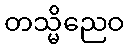
တသ္မိညေဝ